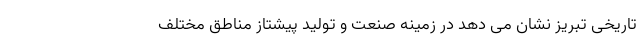
تاریخی تبریز نشان می دهد در زمینه صنعت و تولید پیشتاز مناطق مختلف